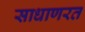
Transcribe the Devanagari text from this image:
साधाणरत